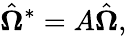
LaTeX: \hat{\mathbf{\Omega}}^{*}=A\hat{\mathbf{\Omega}},